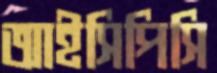
আইসিপিসি